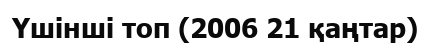
Үшінші топ (2006 21 қаңтар)